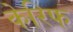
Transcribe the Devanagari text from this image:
केरिफ